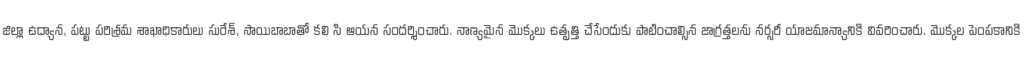
జిల్లా ఉద్యాన, పట్టు పరిశ్రమ శాఖాధికారులు సురేశ్, సాయిబాబాతో కలి సి ఆయన సందర్శించారు. నాణ్యమైన మొక్కలు ఉత్పత్తి చేసేందుకు పాటించాల్సిన జాగ్రత్తలను నర్సరీ యాజమాన్యానికి వివరించారు. మొక్కల పెంపకానికి